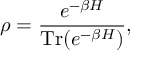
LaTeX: \rho = { \frac { e ^ { - \beta H } } { \operatorname { T r } ( e ^ { - \beta H } ) } } ,